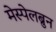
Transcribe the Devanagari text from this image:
मेस्पेलब्रुन